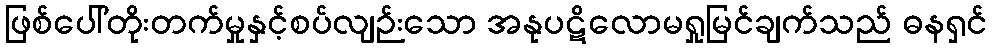
ဖြစ်ပေါ်တိုးတက်မှုနှင့်စပ်လျဉ်းသော အနုပဋိလောမရှုမြင်ချက်သည် ဓနရှင်